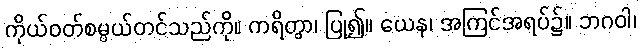
ကိုယ်ဝတ်စမ္ပယ်တင်သည်ကို။ ကရိတွာ၊ ပြု၍။ ယေန၊ အကြင်အရပ်၌။ ဘဂဝါ၊